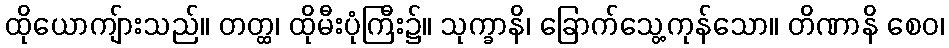
ထိုယောကျ်ားသည်။ တတ္ထ၊ ထိုမီးပုံကြီး၌။ သုက္ခာနိ၊ ခြောက်သွေ့ကုန်သော။ တိဏာနိ စေဝ၊